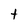
Character: t